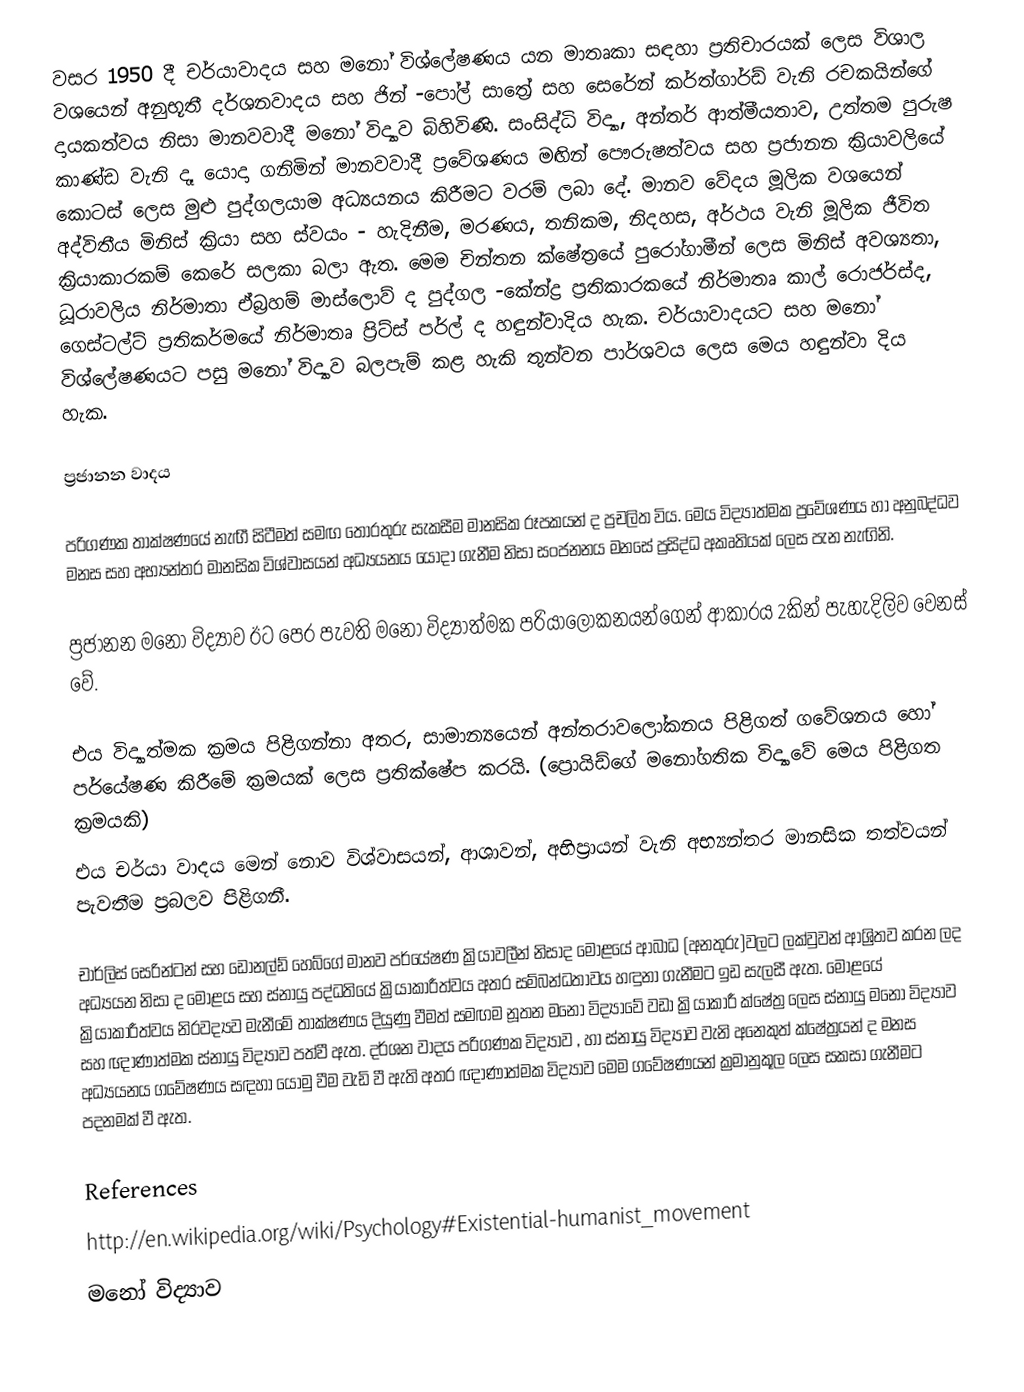
වසර 1950 දී චර්යාවාදය සහ මනෝ විශ්ලේෂණය යන මාතෘකා සඳහා ‍ප්‍රතිචාරයක් ලෙස විශාල වශයෙන් අනුභූතී දර්ශනවාදය සහ ජින් -පෝල් සාත්‍රේ සහ සෙරේන් කර්ත්ගාර්ඩ් වැනි රචකයින්ගේ දායකත්වය නිසා මානවවාදී මනෝ විද්‍යාව බිහිවිණි. සංසිද්ධි විද්‍යා, අන්තර් ආත්මීයතාව, උත්තම පුරුෂ කාණ්ඩ වැනි දෑ යොදා ගනිමින් මාන‍වවාදී ප්‍රවේශණය මඟින් පෞරුෂත්වය සහ ප්‍රජානන ක්‍රියාවලියේ කොටස් ලෙස මුළු පුද්ගලයාම අධ්‍යයනය කිරීමට වරම් ලබා දේ. මානව වේදය මූලික වශයෙන් අද්විතීය මිනිස් ක්‍රියා සහ ස්වයං - හැදිනීම, මරණය, තනිකම, නිදහස, අර්ථය වැනි මූලික ජීවිත ක්‍රියාකාරකම් කෙරේ සලකා බලා ඇත. මෙම චින්තන ක්ෂේත්‍රයේ පුරෝගාමීන් ලෙස මිනිස් අවශ්‍යතා, ධූරාවලිය නිර්මාතා ඒබ්‍රහම් මාස්ලොව් ද  පුද්ගල -කේන්ද්‍ර  ප්‍රතිකාරකයේ නිර්මාතෘ කාල් රොජර්ස්ද, ගෙස්ටල්ට් ප්‍රතිකර්මයේ නිර්මාතෘ ප්‍රිට්ස් පර්ල් ද හඳුන්වාදිය හැක. චර්යාවාදයට සහ මනෝ විශ්ලේෂණයට පසු මනෝ විද්‍යාව බලපැම් කළ හැකි තුන්වන පාර්ශවය ලෙස මෙය හඳුන්වා දිය හැක.

ප්‍රජානන වාදය

පරිගණක තාක්ෂණයේ නැඟී සිටීමත් සමඟ තොරතුරු සැකසීම මානසික රූපකයන් ද ප්‍රචලිත විය. මෙය විද්‍යාත්මක ප්‍රවේශණය හා අනුබද්ධව මනස සහ අභ්‍යන්තර මානසික විශ්වාසයන් අධ්‍යයනය යොදා ගැනීම නිසා සංජනනය මනසේ ප්‍රසිද්ධ අකෘතියක් ලෙස පැන නැඟිනි.

ප්‍රජානන මනෝ විද්‍යාව ඊට පෙර පැවති මනෝ විද්‍යාත්මක පරියාලෝකනයන්ගෙන් ආකාරය 2කින් පැහැදිලිව වෙනස් වේ.

එය විද්‍යාත්මක ක්‍රමය පිළිගන්නා අතර, සාමාන්‍යයෙන් අන්තරාවලෝකනය පිළිගත් ගවේශනය හෝ පර්යේෂණ කිරීමේ ක්‍රමයක් ලෙස ප්‍රතික්ෂේප කරයි. (ප්‍රොයිඩ්ගේ මනෝගතික විද්‍යාවේ මෙය පිළිගත ක්‍රමයකි)
එය චර්යා වාදය මෙන් නොව විශ්වාසයන්, ආශාවන්, අභිප්‍රායන් වැනි අභ්‍යන්තර මානසික තත්වයන් පැවතීම ප්‍රබලව පිළිගනී.

චාර්ලිස් සෙරින්ටන් සහ ඩොනල්ඩ් හෙබ්ගේ මානව පර්යේෂණ ක්‍රියාවලීන් නිසාද මොළයේ ආබාධ (අනතුරු)වලට ලක්වුවන් ආශ්‍රිතව කරන ලද අධ්‍යයන නිසා ද මොළය සහ ස්නායු පද්ධතියේ ක්‍රියාකාරීත්වය අතර සම්බන්ධතාවය හඳුනා ගැනීමට ඉඩ සැලසී ඇත. මොළයේ ක්‍රියාකාරීත්වය නිරවද්‍යව මැනීමේ තාක්ෂණය දියුණු වීමත් සමඟම නූතන මනෝ විද්‍යාවේ වඩා ක්‍රියාකාරී ක්ෂේත්‍ර ලෙස ස්නායු මනෝ විද්‍යාව සහ ඥාණාත්මක ස්නායු විද්‍යාව පත්වී ඇත. දර්ශන වාදය පරිගණක විද්‍යාව , හා ස්නායු විද්‍යාව වැනි අනෙකුත් ක්ෂේත්‍රයන් ද මනස අධ්‍යයනය ගවේෂණය සඳහා යොමු වීම වැඩි වී ඇති අතර ඥාණාත්මක විද්‍යාව මෙම ගවේෂණයන් ක්‍රමානුකූල ලෙස සකසා ගැනීමට පදනමක් වී ඇත.

References
http://en.wikipedia.org/wiki/Psychology#Existential-humanist_movement
මනෝ විද්‍යාව